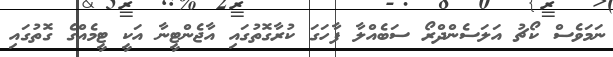
ނަމަވެސް ކޯޗު އަލަސެންދްރޯ ސަބެއްލާ ފާހަގަ ކުރާގޮތުގައި އާޖެންޓީނާ އަކީ ޓީމެއްގެ ގޮތުގައި